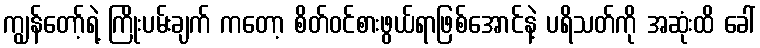
ကျွန်တော့်ရဲ့ ကြိုးပမ်းချက် ကတော့ စိတ်ဝင်စားဖွယ်ရာဖြစ်အောင်နဲ့ ပရိသတ်ကို အဆုံးထိ ခေါ်